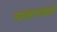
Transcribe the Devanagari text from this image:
नामकरणकर्त्ता